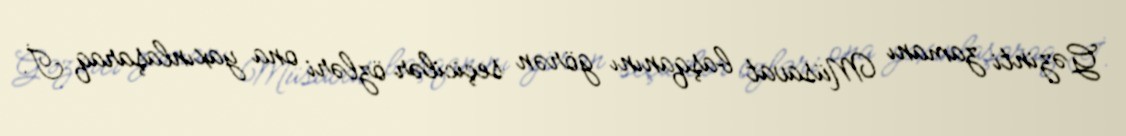
Gəzinti zamanı Müsavat başqanını görən seçicilər özləri ona yaxınlaşaraq İ.